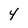
Character: 4